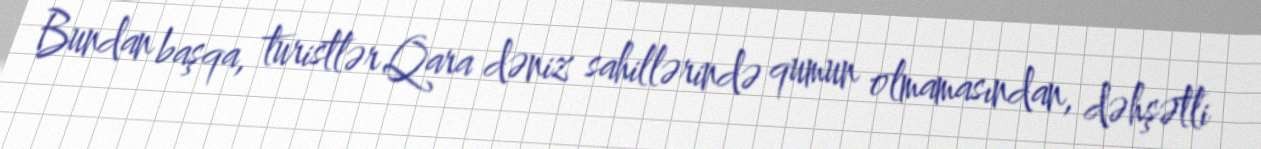
Bundan başqa, turistlər Qara dəniz sahillərində qumun olmamasından, dəhşətli